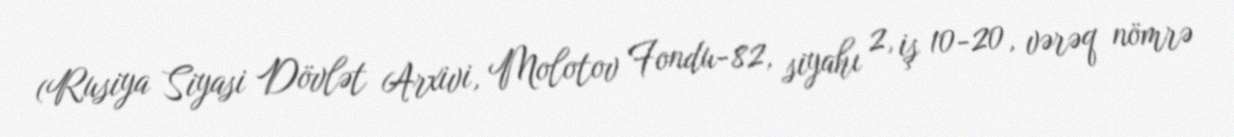
(Rusiya Siyasi Dövlət Arxivi, Molotov Fondu-82, siyahı 2, iş 10-20, vərəq nömrə